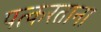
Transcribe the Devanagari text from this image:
पत्करताना